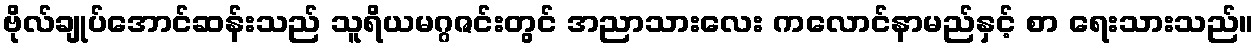
ဗိုလ်ချုပ်အောင်ဆန်းသည် သူရိယမဂ္ဂဇင်းတွင် အညာသားလေး ကလောင်နာမည်နှင့် စာ ရေးသားသည်။